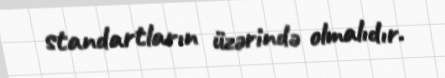
standartların üzərində olmalıdır.